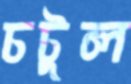
চটুল